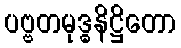
ပဗ္ဗတမုဒ္ဓနိဋ္ဌိတော